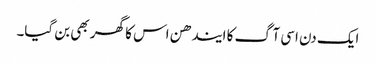
ایک دن اسی آگ کا ایندھن اس کا گھر بھی بن گیا۔